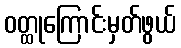
ဝတ္ထုကြောင်းမှတ်ဖွယ်